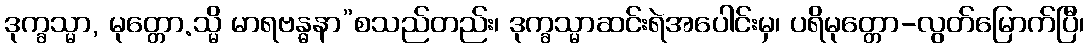
ဒုက္ခသ္မာ, မုတ္တော.သ္မိ မာရဗန္ဓနာ”စသည်တည်း၊ ဒုက္ခသ္မာဆင်းရဲအပေါင်းမှ၊ ပရိမုတ္တော-လွတ်မြောက်ပြီ၊